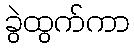
ခွဲထွက်ကာ